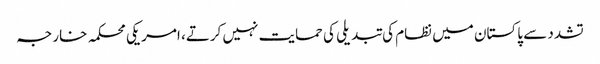
تشدد سے پاکستان میں نظام کی تبدیلی کی حمایت نہیں کرتے، امریکی محکمہ خارجہ